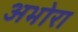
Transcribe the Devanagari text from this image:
अभोरा